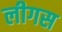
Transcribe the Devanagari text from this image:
लीगस